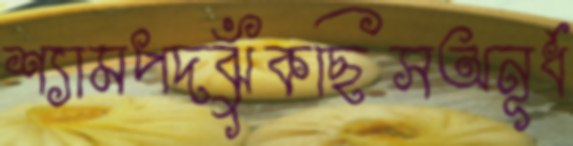
শ্যামপদঝুঁকছিসঅনূর্ধ